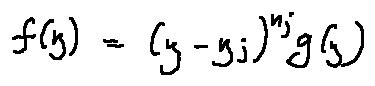
f ( z ) = ( z - z _ { j } ) ^ { n _ { j } } g ( z )